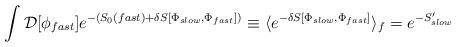
LaTeX: \begin{align*}\int {\cal D}[\phi_{fast}]e^{-(S_0(fast) + \delta S [\Phi_{slow},\Phi_{fast}])} \equiv \langle e^{- \delta S[\Phi_{slow}, \Phi_{fast}]}\rangle_f = e^{-S'_{slow}}\end{align*}